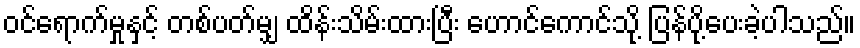
ဝင်ရောက်မှုနှင့် တစ်ပတ်မျှ ထိန်းသိမ်းထားပြီး ဟောင်ကောင်သို့ ပြန်ပို့ပေးခဲ့ပါသည်။